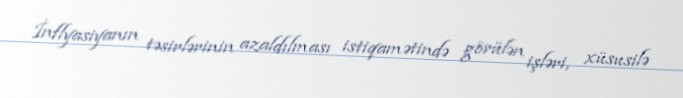
İnflyasiyanın təsirlərinin azaldılması istiqamətində görülən işləri, xüsusilə